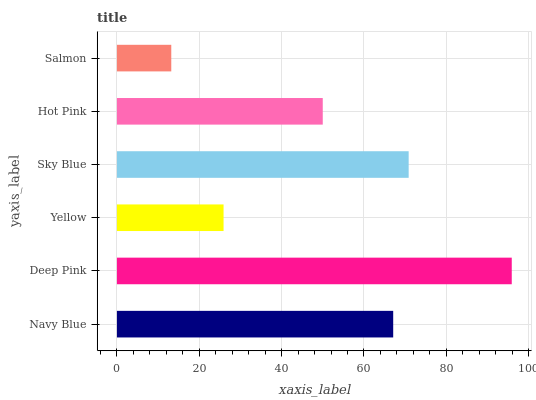
| yaxis_label | bars |
 | --- | --- |
 | Navy Blue | 67.1 |
 | Deep Pink | 95.9 |
 | Yellow | 25.9 |
 | Sky Blue | 70.9 |
 | Hot Pink | 50 |
 | Salmon | 13.2 |